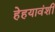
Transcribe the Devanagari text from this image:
हेहयावंशी